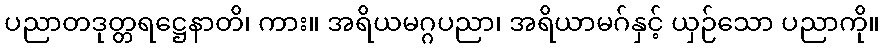
ပညာတဒုတ္တရဋ္ဌေနာတိ၊ ကား။ အရိယမဂ္ဂပညာ၊ အရိယာမဂ်နှင့် ယှဉ်သော ပညာကို။